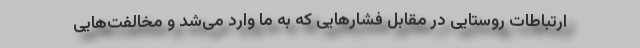
ارتباطات روستایی در مقابل فشارهایی که به ما وارد می‌شد و مخالفت‌هایی